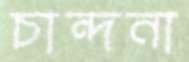
চান্দনা